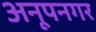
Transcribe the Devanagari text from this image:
अनूपनगर